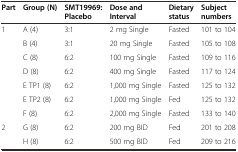
<table><thead><tr><td><b>Part</b></td><td><b>Group (N)</b></td><td><b>SMT19969: Placebo</b></td><td><b>Dose and Interval</b></td><td><b>Dietary status</b></td><td><b>Subject numbers</b></td></tr></thead><tbody><tr><td rowspan="7">1</td><td>A (4)</td><td>3:1</td><td>2 mg Single</td><td>Fasted</td><td>101 to 104</td></tr><tr><td>B (4)</td><td>3:1</td><td>20 mg Single</td><td>Fasted</td><td>105 to 108</td></tr><tr><td>C (8)</td><td>6:2</td><td>100 mg Single</td><td>Fasted</td><td>109 to 116</td></tr><tr><td>D (8)</td><td>6:2</td><td>400 mg Single</td><td>Fasted</td><td>117 to 124</td></tr><tr><td>E TP1 (8)</td><td>6:2</td><td>1,000 mg Single</td><td>Fasted</td><td>125 to 132</td></tr><tr><td>E TP2 (8)</td><td>6:2</td><td>1,000 mg Single</td><td>Fed</td><td>125 to 132</td></tr><tr><td>F (8)</td><td>6:2</td><td>2,000 mg Single</td><td>Fasted</td><td>133 to 140</td></tr><tr><td rowspan="2">2</td><td>G (8)</td><td>6:2</td><td>200 mg BID</td><td>Fed</td><td>201 to 208</td></tr><tr><td>H (8)</td><td>6:2</td><td>500 mg BID</td><td>Fed</td><td>209 to 216</td></tr></tbody></table>